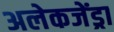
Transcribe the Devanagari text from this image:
अलेकजेंड्रा